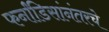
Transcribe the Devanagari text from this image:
फर्नांडिसांनंतरचे